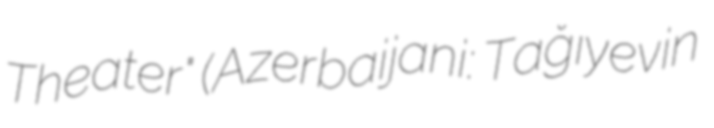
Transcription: Theater" (Azerbaijani: Tağıyevin